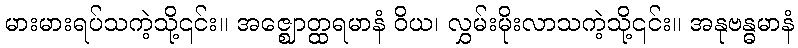
မားမားရပ်သကဲ့သို့၎င်း။ အဇ္ဈောတ္ထရမာနံ ဝိယ၊ လွှမ်းမိုးလာသကဲ့သို့၎င်း။ အနုဗန္ဓမာနံ